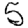
Digit: 5